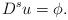
LaTeX: \begin{align*}D^s u=\phi.\end{align*}